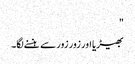
"
بھیڑیا اور زور زور سے ہنسنے لگا۔